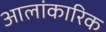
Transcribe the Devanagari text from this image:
आलांकारिक